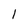
Character: 1